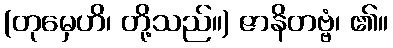
(တုမှေဟိ၊ တို့သည်။) ဇာနိတဗ္ဗံ၊ ၏။